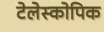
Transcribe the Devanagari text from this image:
टेलेस्कोपिक